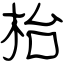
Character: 枱